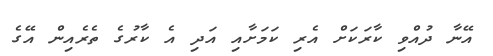
އޭނާ ދުއްވި ކާރަކަށް އެރި ކަމަށާއި އަދި އެ ކާރުގެ ތެރެއިން އޭގެ